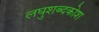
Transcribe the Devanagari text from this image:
लघुशब्दकोश